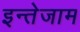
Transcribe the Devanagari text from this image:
इन्तेजाम